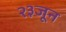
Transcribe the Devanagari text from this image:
२३जून